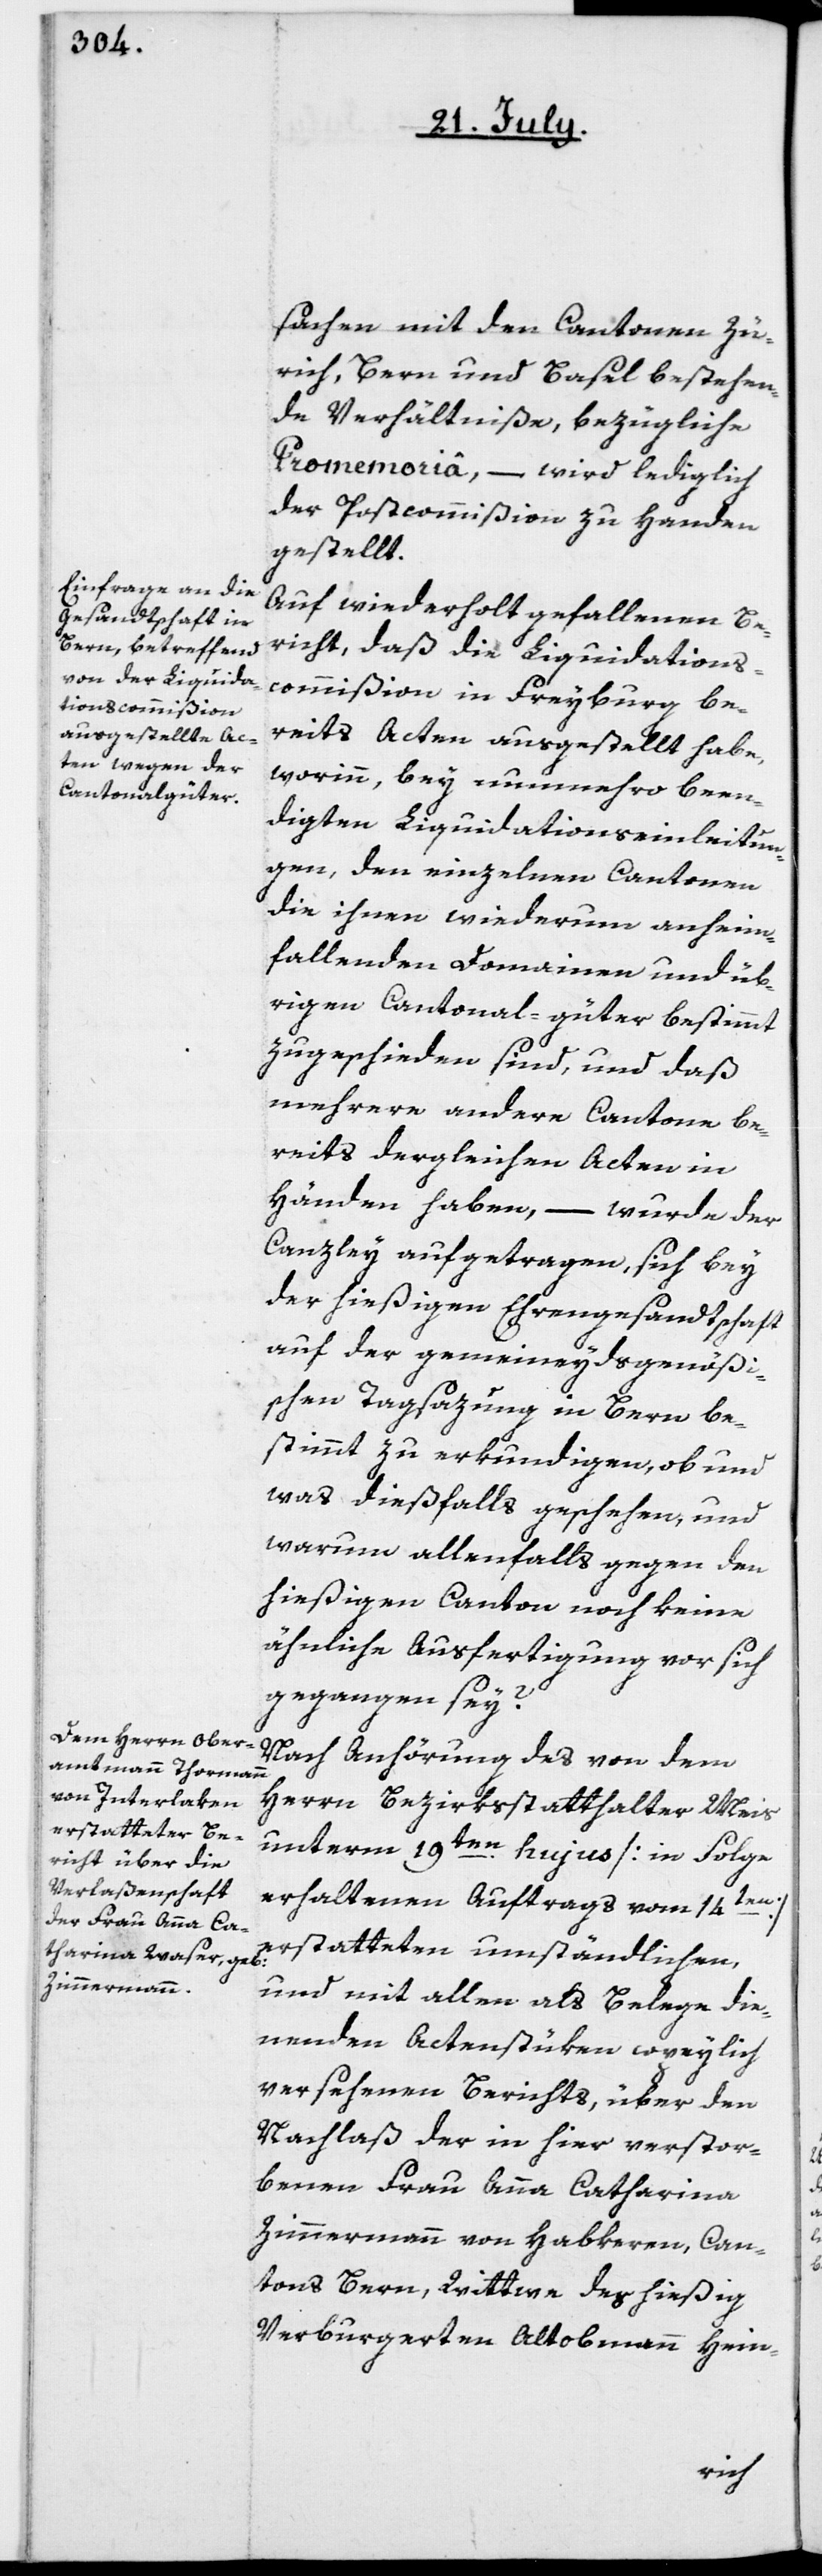
sachen mit den Cantonen Zü¬
rich, Bern und Basel bestehen¬
de Verhältniße, bezügliche
Promemoriâ, – wird lediglich
der Postcommißion zu Handen
gestellt.
Auf wiederholt gefallenen Be¬
richt, daß die Liquidations¬
commißion in Freyburg be¬
reits Acten ausgestellt habe,
worinn, bey nunmehro been¬
digten Liquidationseinleitun¬
gen, den einzelnen Cantonen
die ihnen wiederum anheim¬
fallenden Domainen und üb¬
rigen Cantonal-güter bestimmt
zugeschieden sind, und daß
mehrere andere Cantone be¬
reits dergleichen Acten in
Händen haben, – wurde der
Canzley aufgetragen, sich bey
der hießigen Ehrengesandtschaft
auf der gemeineydsgenößi¬
schen Tagsazung in Bern be¬
stimmt zu erkundigen, ob und
was dießfalls geschehen, und
warum allenfalls gegen den
hießigen Canton noch keine
ähnliche Ausfertigung vor sich
gegangen sey?
Nach Anhörung des von dem
Herrn Bezirksstatthalter Meis
unterm 19ten hujus [in Folge
erhaltenen Auftrags vom 14ten]
erstatteten umständlichen,
und mit allen als Belege die¬
nenden Actenstüken copeylich
versehenen Berichts, über den
Nachlaß der in hier verstor¬
benen Frau Anna Catharina
Zimmermann von Habkeren, Can¬
tons Bern, Wittwe des hießig
verburgerten Altobmann Hein-